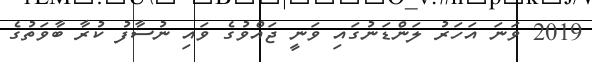
2019 ވަނަ އަހަރު ލަންޑަނުގައި ވަނީ ޖައްވުގެ ވައި ނުސާފު ކުރާ ބާވަތުގެ